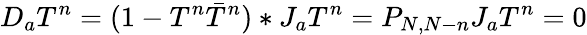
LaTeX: D_{a}T^{n}=(1-T^{n}\bar{T}^{n})*J_{a}T^{n}=P_{N,N-n}J_{a}T^{n}=0